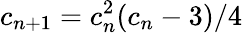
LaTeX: c_{n+1}=c_{n}^{2}(c_{n}-3)/4\,